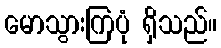
မောသွားကြပုံ ရှိသည်။